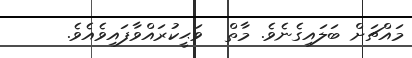
މައްޗަށް ބަލައިގެނެވެ. މާތް  ވަޙީކުރައްވާފައިވެއެވެ.